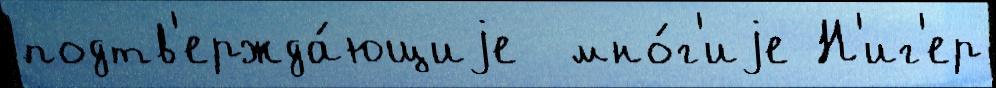
подтв'ержда́ющиjе  мно́г'иjе Н'иг'ер